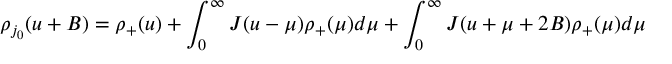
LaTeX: \rho _ { j _ { 0 } } ( u + B ) = \rho _ { + } ( u ) + \int _ { 0 } ^ { \infty } J ( u - \mu ) \rho _ { + } ( \mu ) d \mu + \int _ { 0 } ^ { \infty } J ( u + \mu + 2 B ) \rho _ { + } ( \mu ) d \mu